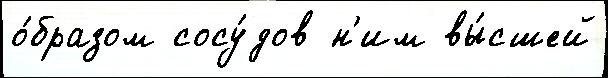
о́бразом сосу́дов н'им вы́сшей